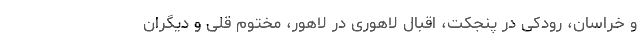
و خراسان، رودکی در پنجکت، اقبال لاهوری در لاهور، مختوم قلی و دیگران